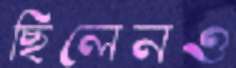
ছিলেনও